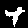
Label: 4